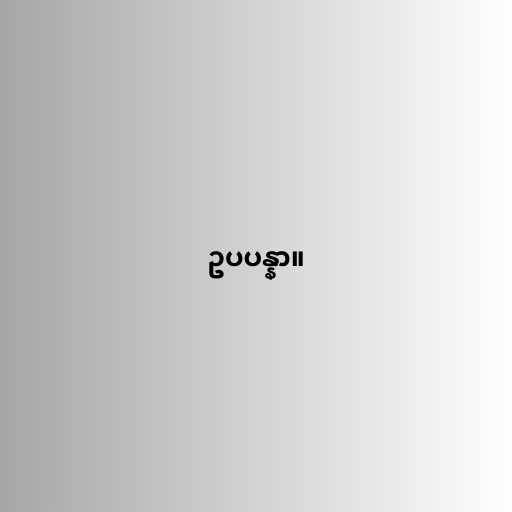
ဥပပန္နာ။